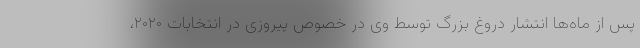
پس از ماه‌ها انتشار دروغ بزرگ توسط وی در خصوص پیروزی در انتخابات ۲۰۲۰،